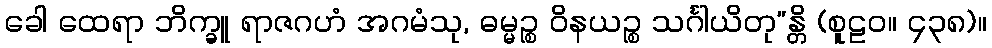
ခေါ ထေရာ ဘိက္ခူ ရာဇဂဟံ အဂမံသု, ဓမ္မဉ္စ ဝိနယဉ္စ သင်္ဂါယိတု”န္တိ (စူဠဝ။ ၄၃၈)။